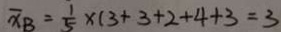
\overline { x } B = \frac { 1 } { 5 } \times ( 3 + 3 + 2 + 4 + 3 = 3